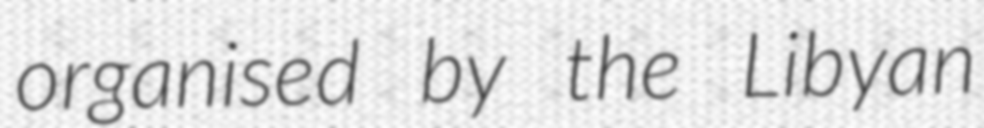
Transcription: organised by the Libyan